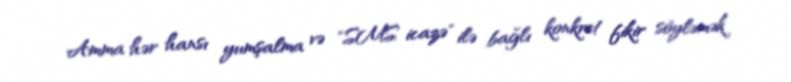
Amma hər hansı yumşalma və "SMS icazə" ilə bağlı konkret fikir söyləmək